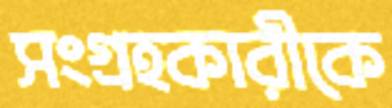
সংগ্রহকারীকে